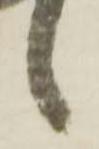
候